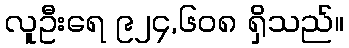
လူဦးရေ ၉၂၄,၆၀၈ ရှိသည်။